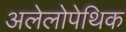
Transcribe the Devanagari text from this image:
अलेलोपेथिक